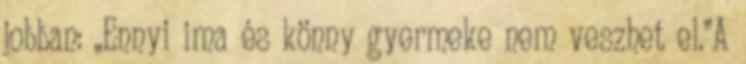
jobban: „Ennyi ima és könny gyermeke nem veszhet el.”A